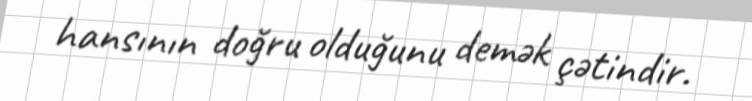
hansının doğru olduğunu demək çətindir.